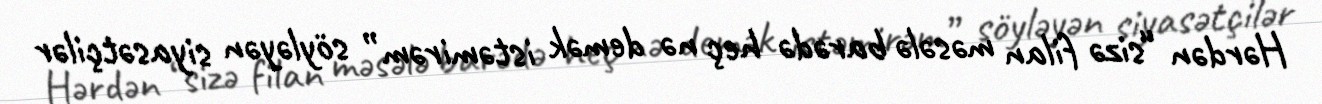
Hərdən “sizə filan məsələ barədə heç nə demək istəmirəm” söyləyən siyasətçilər